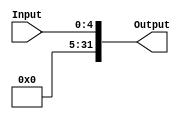
`timescale 1ns / 1ps
//////////////////////////////////////////////////////////////////////////////////
// Company: 
// Engineer: 
// 
// Design Name: 
// Module Name: SignExtensionShiftAmount
// Project Name: 
// Target Devices: 
// Tool Versions: 
// Description: 
// 
// Dependencies: 
// 
// Revision:
// Revision 0.01 - File Created
// Additional Comments:
// 
//////////////////////////////////////////////////////////////////////////////////


module SignExtensionShiftAmount(Input, Output );
    /* A 16-Bit input word */
input [4:0] Input;

/* A 32-Bit output word */
output reg [31:0] Output;   //using always @
//output [31:0] out;   //using assign stateme
parameter ONES = 27'b111111111111111111111111111, ZEROES = 27'b000000000000000000000000000;

always @(Input) 
    begin
        Output <= {ZEROES, Input};
    end
endmodule